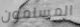
المسلمون